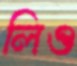
লিও